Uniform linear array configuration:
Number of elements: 64
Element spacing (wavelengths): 0.25
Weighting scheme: uniform
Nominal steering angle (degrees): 45
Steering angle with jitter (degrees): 45.348
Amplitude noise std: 0.05
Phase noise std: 0.05

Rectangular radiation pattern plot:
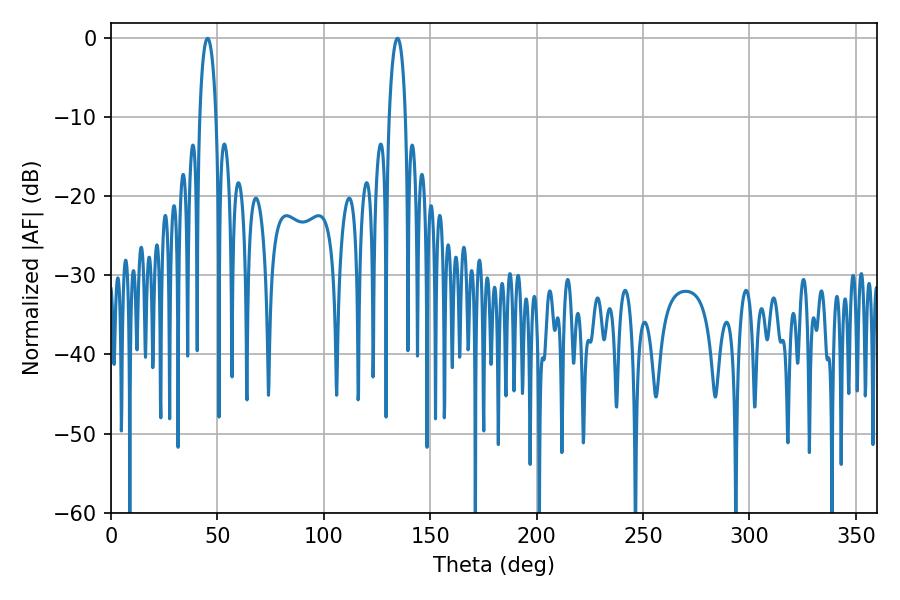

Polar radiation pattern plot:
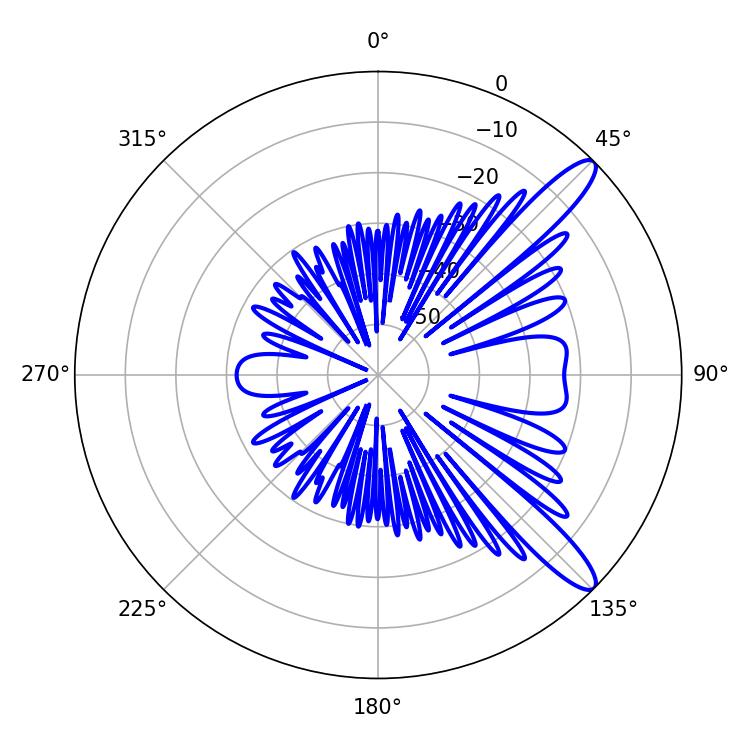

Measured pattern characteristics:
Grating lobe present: FALSE
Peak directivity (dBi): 11.965
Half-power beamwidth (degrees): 4.32
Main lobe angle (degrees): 45.36